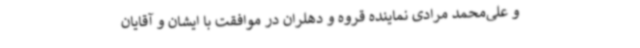
و علی‌محمد مرادی نماینده قروه و دهلران در موافقت با ایشان و آقایان